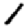
Digit: 1